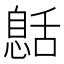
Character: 𦧰